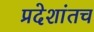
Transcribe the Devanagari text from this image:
प्रदेशांतच